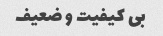
بی کیفیت و ضعیف